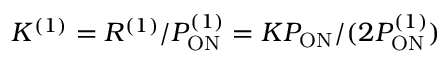
K ^ { ( 1 ) } = R ^ { ( 1 ) } / P _ { \mathrm { O N } } ^ { ( 1 ) } = K P _ { \mathrm { O N } } / ( 2 P _ { \mathrm { O N } } ^ { ( 1 ) } )